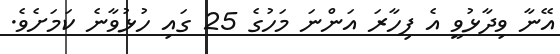
އޭނާ ވިދާޅުވީ އެ ފިހާރަ އަންނަ މަހުގެ 25 ގައި ހުޅުވާނެ ކަމަށެވެ.